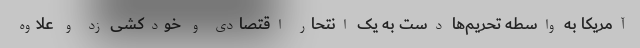
آمریکا به واسطه تحریم‌ها دست به یک انتحار اقتصادی و خودکشی زد و علاوه